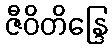
ဇီဝိတိန္ဒြေ